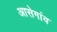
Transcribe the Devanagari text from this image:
आसेगांव